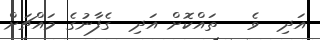
އަދި  ވެ   ތައްކޮށް އަދި  ގެފާނުގެ މައްޗަށް